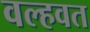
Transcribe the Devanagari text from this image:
वल्हवत